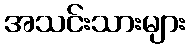
အသင်းသားများ